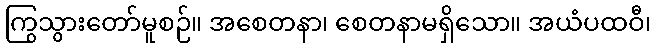
ကြွသွားတော်မူစဉ်။ အစေတနာ၊ စေတနာမရှိသော။ အယံပထဝီ၊